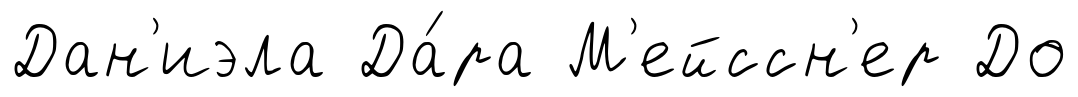
Дан'иэла Да́ра М'ейссн'ер До